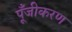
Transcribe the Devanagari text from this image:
पूँजीकरण